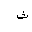
Letter: _tha